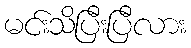
မင်းသိပြီးပြီလား